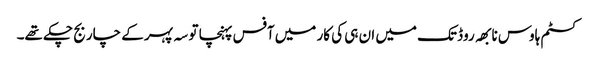
کسٹم ہاوس نابھہ روڈ تک میں ان ہی کی کار میں آفس پہنچا تو سہ پہر کے چار بج چکے تھے۔